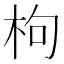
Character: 枸